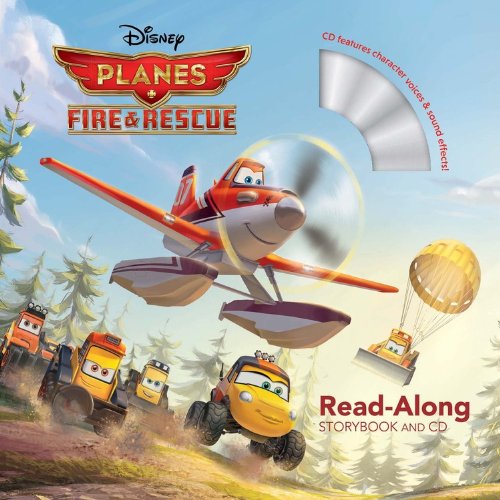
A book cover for Planes: Fire & Rescue Read-Along Storybook and CD; Disney Book Group; Children's Books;